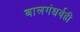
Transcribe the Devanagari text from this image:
बालगंधर्वही